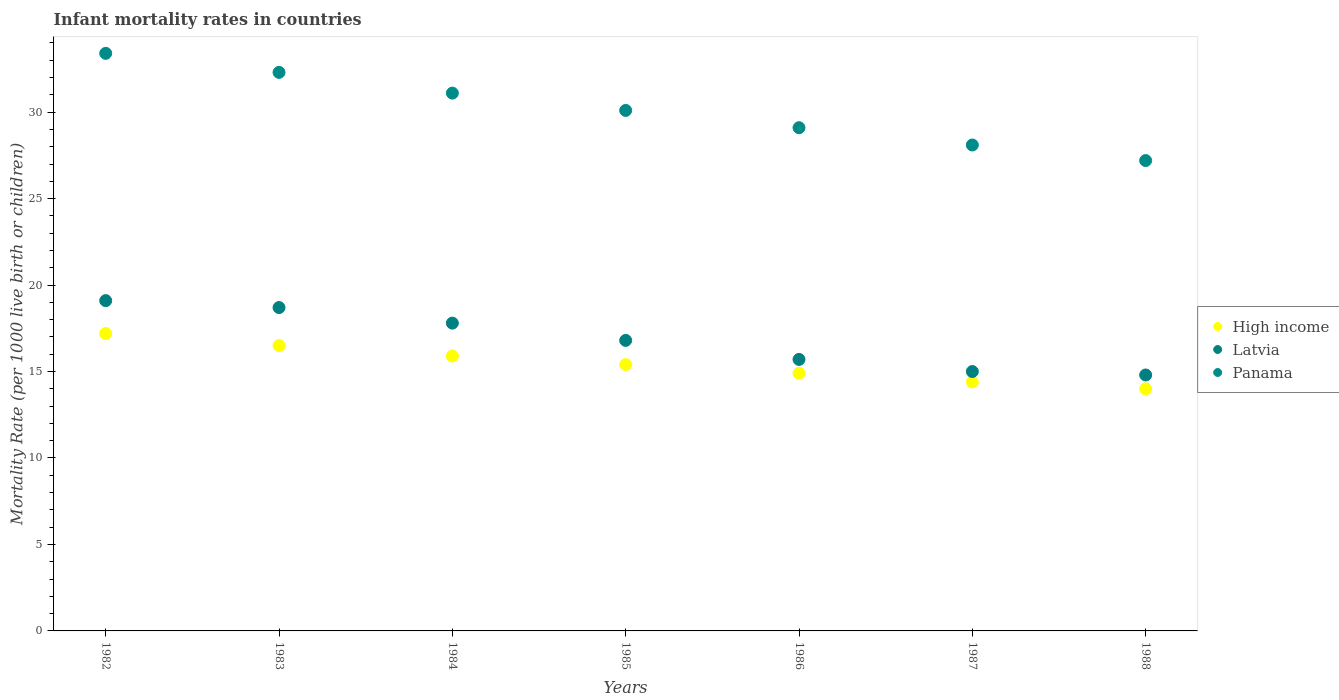
| Years | High income | Latvia | Panama |
 | --- | --- | --- | --- |
 | 1982 | 17.2 | 19.1 | 33.4 |
 | 1983 | 16.5 | 18.7 | 32.3 |
 | 1984 | 15.9 | 17.8 | 31.1 |
 | 1985 | 15.4 | 16.8 | 30.1 |
 | 1986 | 14.9 | 15.7 | 29.1 |
 | 1987 | 14.4 | 15 | 28.1 |
 | 1988 | 14 | 14.8 | 27.2 |